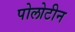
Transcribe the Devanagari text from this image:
पोलोटीन